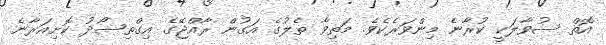
އޮތް ސުވާލަކީ ކުރާނެ މިންވަރެކެވެ. މަތިވާ ތެލުގެ އަގުން ރާއްޖޭގެ އިގްތިސޯދު ކޮށިއަރާނެ